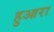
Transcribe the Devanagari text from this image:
हुआरा